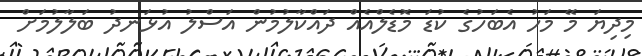
މިދިޔަ މޭ މަހު އެބަހުގެ ކުޑަ މޮޑެލްއެއް ދައްކާލުމުން އަސްލު އުޅަނދު ބަލާލުމަށް